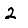
Digit: 2